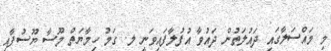
މި މައްސަލާގައި ދައުލަތުން ދައުވާ އުފުލާފައިވަނީ ލ. ގަމު ހިމާޔަތް މޫސާ ޔޫސުފާއި